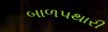
બાળપથારી